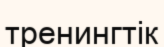
тренингтік